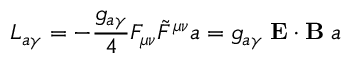
{ \cal L } _ { a \gamma } = - \frac { g _ { a \gamma } } { 4 } F _ { \mu \nu } \tilde { F } ^ { \mu \nu } a = g _ { a \gamma } \; { \bf E } \cdot { \bf B } \; a